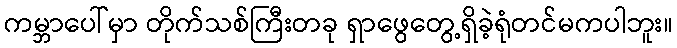
ကမ္ဘာပေါ်မှာ တိုက်သစ်ကြီးတခု ရှာဖွေတွေ့ရှိခဲ့ရုံတင်မကပါဘူး။